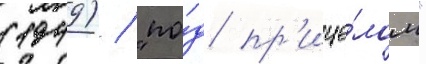
(1949) / "по́д пр'ице́лом"